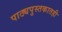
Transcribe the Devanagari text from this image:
पाठ्यपुस्तकातही